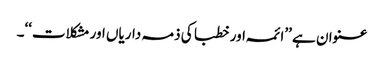
عنوان ہے ’’ائمہ اور خطبا کی ذمہ داریاں اور مشکلات‘‘۔